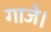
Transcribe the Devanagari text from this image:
गाजे।